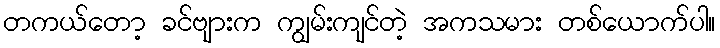
တကယ်တော့ ခင်ဗျားက ကျွမ်းကျင်တဲ့ အကသမား တစ်ယောက်ပါ။